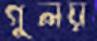
গুলয়